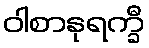
ဝါစာနုရက္ခီ